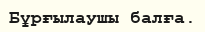
Бұрғылаушы балға.